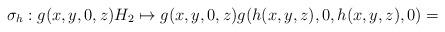
LaTeX: \begin{align*} \sigma_h: g(x,y,0,z) H_2 \mapsto g(x, y, 0, z) g(h(x,y,z), 0, h(x,y,z), 0) = \end{align*}